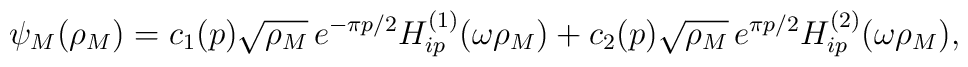
\psi_{M}(\rho_{M})=c_1(p)\sqrt{\rho_{M}}\,e^{-\pi p/2}H^{(1)}_{ip}(\omega\rho_{M})+c_2(p)\sqrt{\rho_{M}}\,e^{\pi p/2}H^{(2)}_{ip}(\omega\rho_{M}),